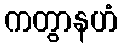
ကတွာနဟံ